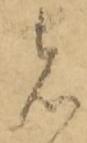
者